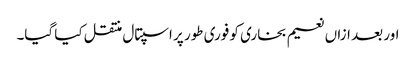
اور بعد ازاں نعیم بخاری کو فوری طور پر اسپتال منتقل کیا گیا۔